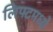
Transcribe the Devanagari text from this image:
लिफ्टमध्ये